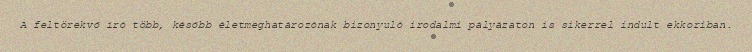
A feltörekvő író több, később életmeghatározónak bizonyuló irodalmi pályázaton is sikerrel indult ekkoriban.